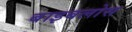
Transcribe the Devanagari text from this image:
बाइबलोस